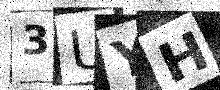
Text: 3UYH